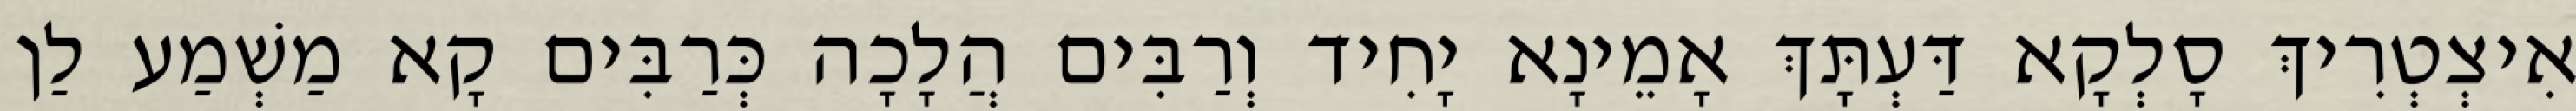
אִיצְטְרִיךְ סָלְקָא דַּעְתָּךְ אָמֵינָא יָחִיד וְרַבִּים הֲלָכָה כְּרַבִּים קָא מַשְׁמַע לַן